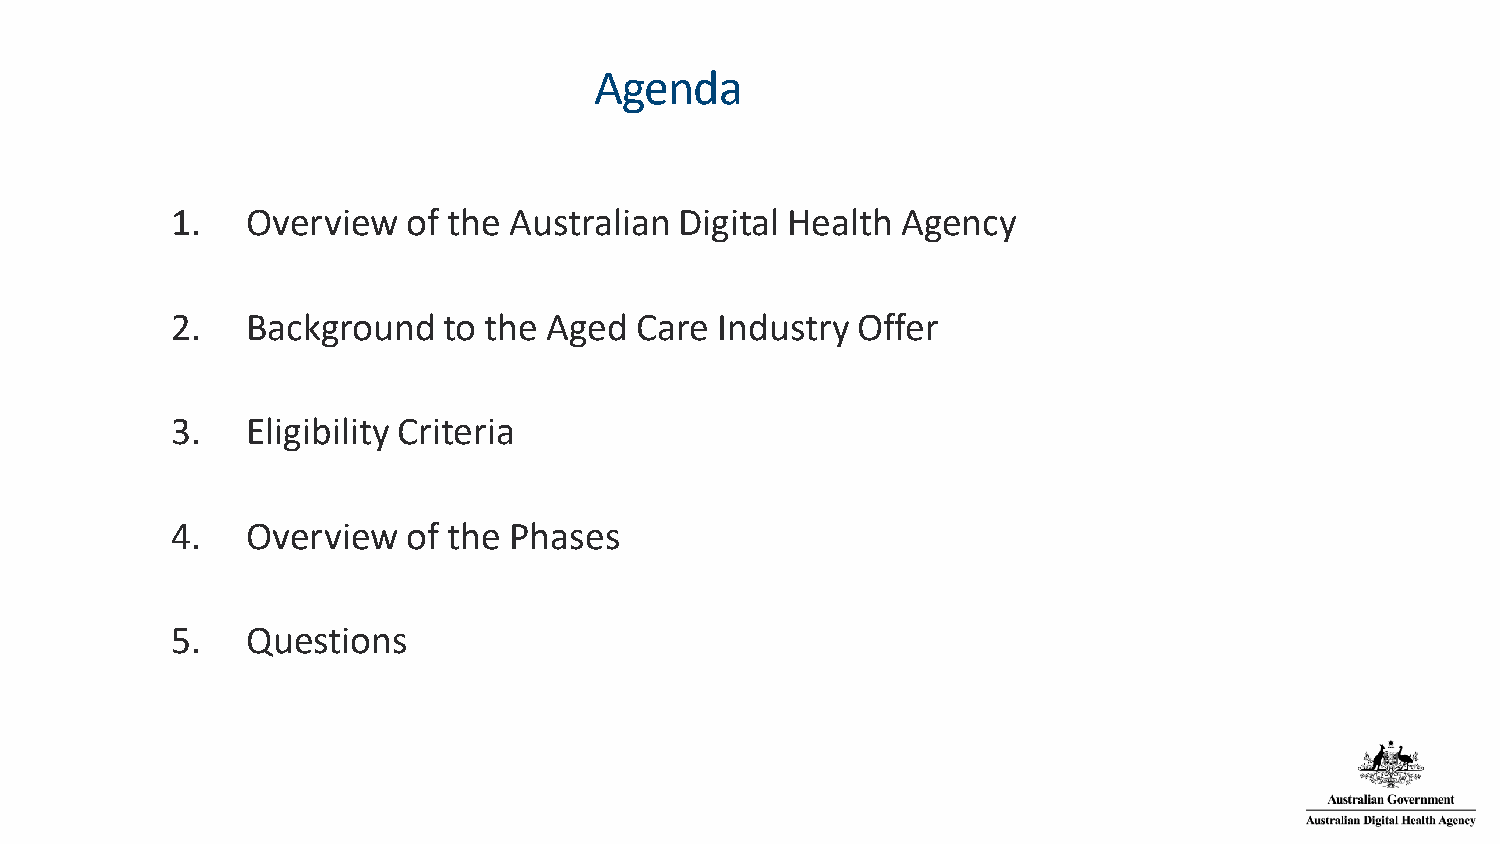
Agenda
 1.   Overview   of the Australian Digital Health Agency
 2.   Background   to the Aged  Care  Industry Offer
 3.   Eligibility Criteria
 4.   Overview   of the Phases
 5.   Questions